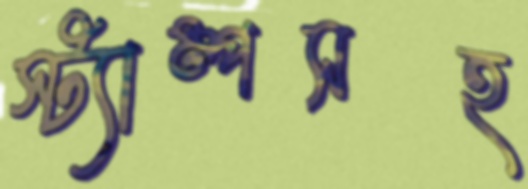
স্ট্যাম্পসহ